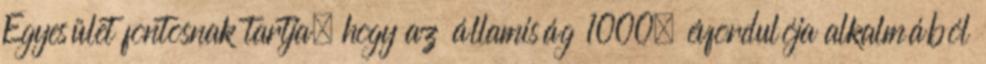
Egyesület fontosnak tartja, hogy az államiság 1000. évfordulója alkalmából